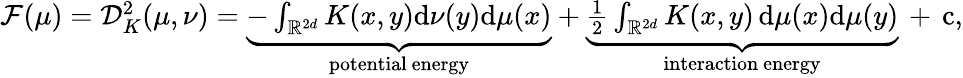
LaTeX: \begin{array}{r}{\mathcal F(\mu)=\mathcal D_{K}^{2}(\mu,\nu)=\underbrace{-\int_{\mathbb{R}^{2d}}K(x,y)\mathrm{d}\nu(y)\mathrm{d}\mu(x)}_{\mathrm{potential~energy}}+\underbrace{\frac 12\int_{\mathbb{R}^{2d}}K(x,y)\, \mathrm{d}\mu(x)\mathrm{d}\mu(y)}_{\mathrm{interaction~energy}}\, +\, \mathrm{c},}\end{array}